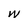
Character: w